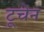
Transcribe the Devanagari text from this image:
टूचेन